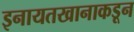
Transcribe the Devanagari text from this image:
इनायतखानाकडून